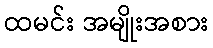
ထမင်း အမျိုးအစား